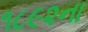
૧૮૯૨ના